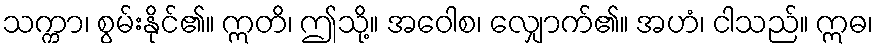
သက္ကာ၊ စွမ်းနိုင်၏။ ဣတိ၊ ဤသို့။ အဝေါစ၊ လျှောက်၏။ အဟံ၊ ငါသည်။ ဣဓ၊